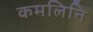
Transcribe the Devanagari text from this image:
कमलिनि